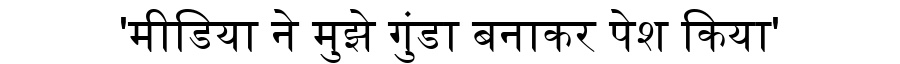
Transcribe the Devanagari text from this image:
'मीडिया ने मुझे गुंडा बनाकर पेश किया'